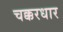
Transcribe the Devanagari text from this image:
चक्करधार